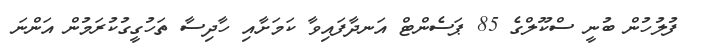
ފުލުހުން ބުނީ ސްކޫލްގެ 85 ޕަސެންޓް އަނދާފައިވާ ކަމަށާއި ހާދިސާ ތަހުގީގުކުރަމުން އަންނަ